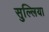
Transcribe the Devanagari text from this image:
सुल्लिया